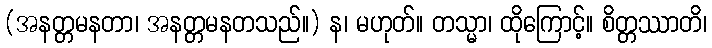
(အနတ္တမနတာ၊ အနတ္တမနတသည်။) န၊ မဟုတ်။ တသ္မာ၊ ထိုကြောင့်။ စိတ္တဿာတိ၊